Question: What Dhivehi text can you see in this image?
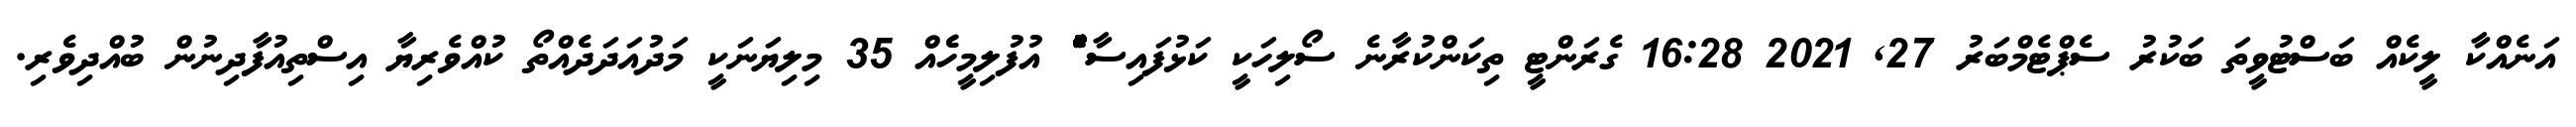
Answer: އަނެއްކާ ލީކެއް ބަސްޓުވީތަ ބަކުރު ސެޕްޓެމްބަރު 27, 2021 16:28 ގެރަންޓީ ތިކަންކުރާނެ ސޯލިހަކީ ކަޅުފައިސާ ެުެެުެުެެު އުފުލިމީހެެއް 35 މިލިޔަނަކީ މަދުއަދަދެއްތޯ ކުއްވެރިޔާ އިސްތިއުފާދިނުން ބުއްދިވެރި.